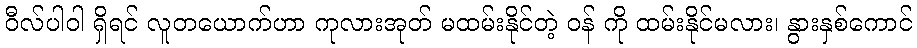
ဝီလ်ပါဝါ ရှိရင် လူတယောက်ဟာ ကုလားအုတ် မထမ်းနိုင်တဲ့ ဝန် ကို ထမ်းနိုင်မလား၊ နွားနှစ်ကောင်